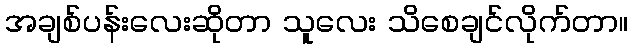
အချစ်ပန်းလေးဆိုတာ သူလေး သိစေချင်လိုက်တာ။